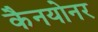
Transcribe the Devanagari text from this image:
कैनयोनर